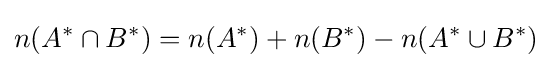
n(A^{*}\cap B^{*})=n(A^{*})+n(B^{*})-n(A^{*}\cup B^{*})